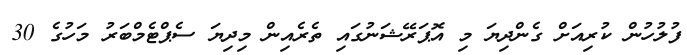
ފުލުހުން ކުރިއަށް ގެންދިޔަ މި އޮޕަރޭޝަނުގައި ތެރެއިން މިދިޔަ ސެޕްޓެމްބަރު މަހުގެ 30